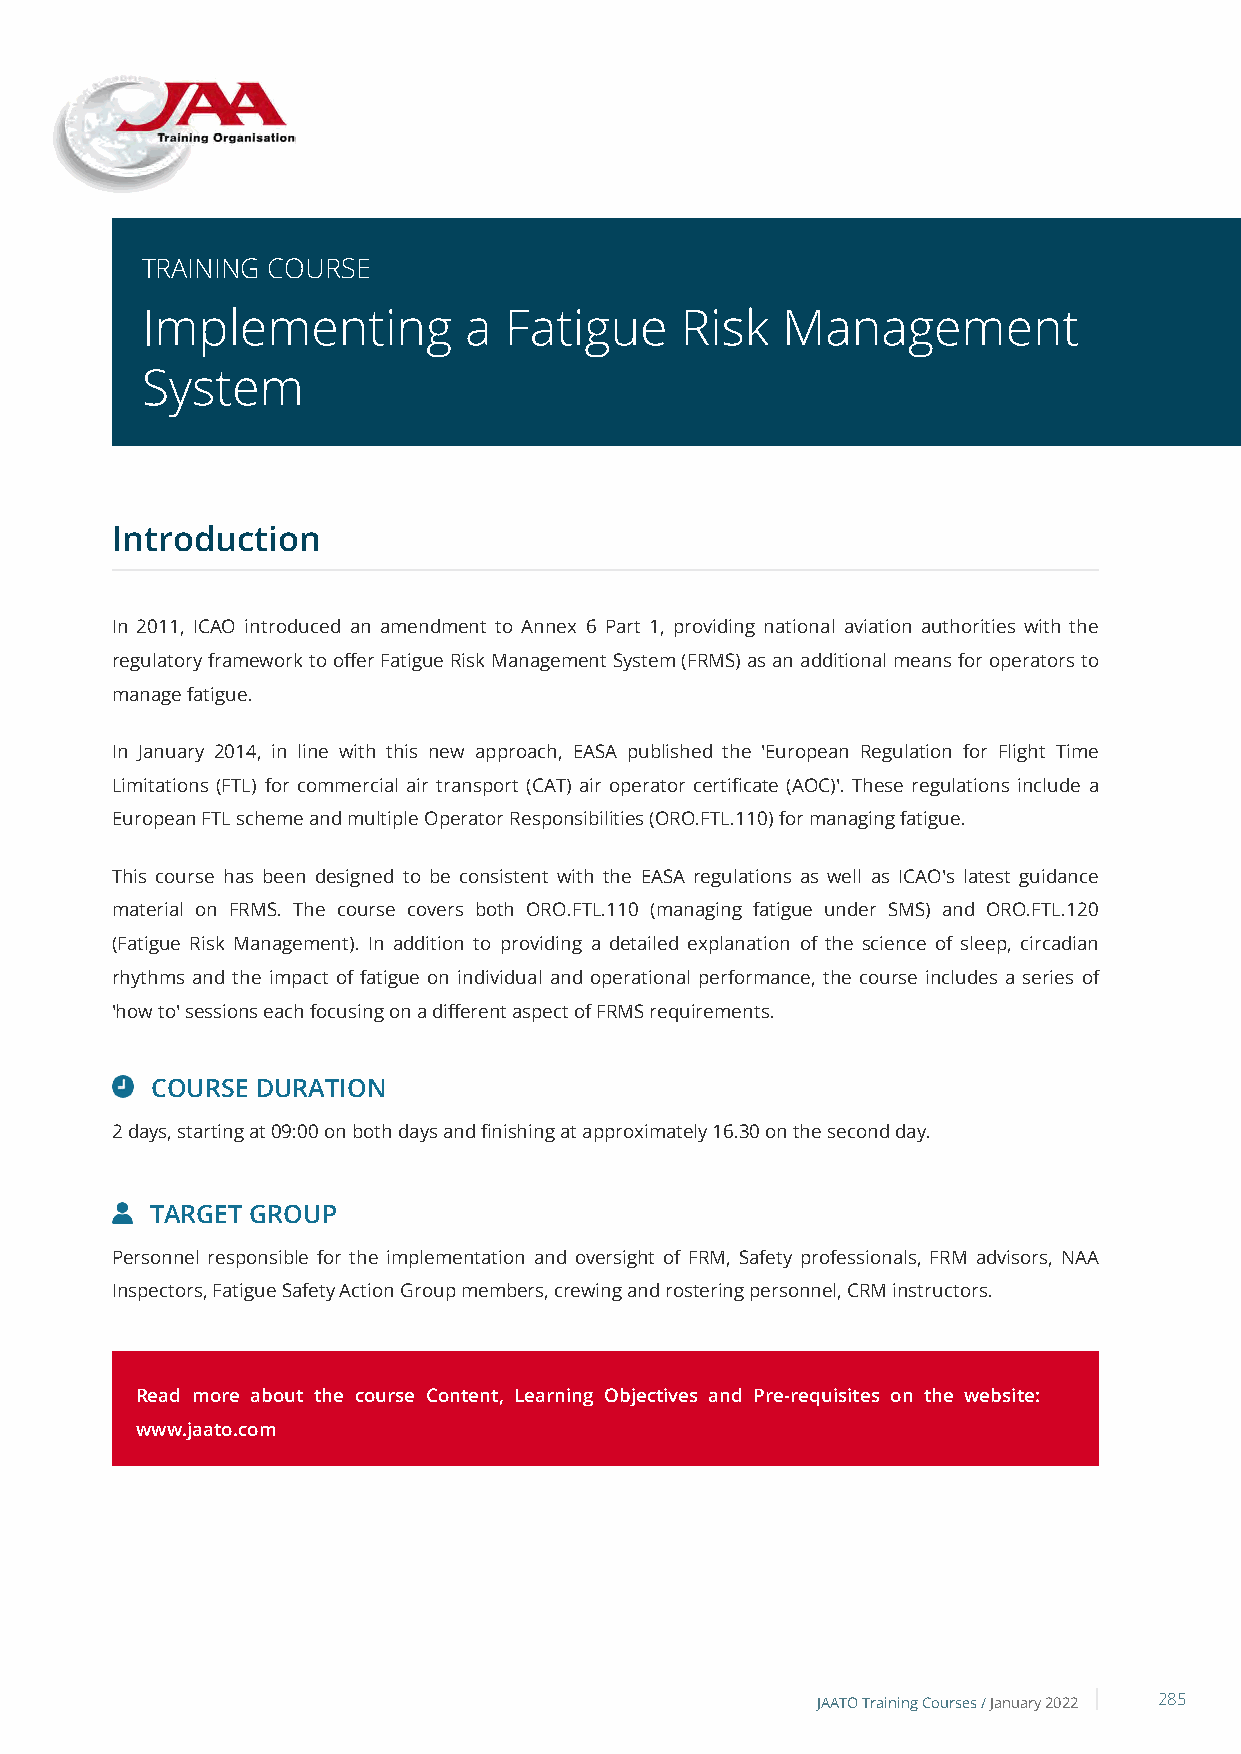
TRAINING COURSE
 Implementing          a Fatigue     Risk   Management
 System
 Introduction
 In 2011, ICAO introduced an amendment to Annex 6 Part 1, providing national aviation authorities with the
 regulatory framework to offer Fatigue Risk Management System (FRMS) as an additional means for operators to
 manage fatigue.
 In January 2014, in line with this new approach, EASA published the 'European Regulation for Flight Time
 Limitations (FTL) for commercial air transport (CAT) air operator certificate (AOC)'. These regulations include a
 European FTL scheme and multiple Operator Responsibilities (ORO.FTL.110) for managing fatigue.
 This course has been designed to be consistent with the EASA regulations as well as ICAO's latest guidance
 material on FRMS. The course covers both ORO.FTL.110 (managing fatigue under SMS) and ORO.FTL.120
 (Fatigue Risk Management). In addition to providing a detailed explanation of the science of sleep, circadian
 rhythms and the impact of fatigue on individual and operational performance, the course includes a series of
 'how to' sessions each focusing on a different aspect of FRMS requirements.
 COURSE DURATION
 2 days, starting at 09:00 on both days and finishing at approximately 16.30 on the second day.
 TARGET GROUP
 Personnel responsible for the implementation and oversight of FRM, Safety professionals, FRM advisors, NAA
 Inspectors, Fatigue Safety Action Group members, crewing and rostering personnel, CRM instructors.
 Read more about the course Content, Learning Objectives and Pre-requisites on the website:
 www.jaato.com
 JAATO Training Courses /January 2022 285